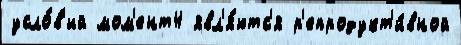
усло́в'ий мом'ент4 явл'я́ютс'я р'епродукт'и́вной